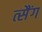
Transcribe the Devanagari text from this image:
त्सैंग